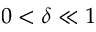
0 < \delta \ll 1